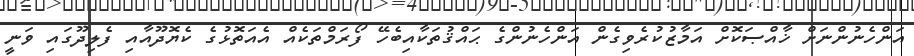
އަންހެނުންނަށް ޚާއްޞަކޮށް އަމާޒުކުރެވިގެން އަންހެނުންގެ ޙައްޤުތަކާއިބެހޭ ފޯރަމްތަކެއް އެއަތޮޅުގެ ކެޔޮދޫއާއި ފެލިދޫގައި ވަނީ